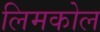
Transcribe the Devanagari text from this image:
लिमकोल